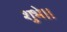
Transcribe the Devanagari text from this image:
शुभे।।